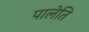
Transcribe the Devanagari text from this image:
पालेति